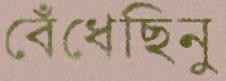
বেঁধেছিনু